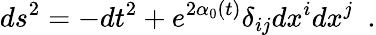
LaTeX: ds^{2}=-dt^{2}+e^{2\alpha_{0}(t)}\delta_{ij}dx^{i}dx^{j}\ \ .